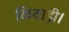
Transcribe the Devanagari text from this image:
किवाड़ी।